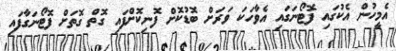
އެމީހުން އެކުގައި ފޮޓޯނަގައި އެވާހަކަ ވަރަށް ބޮޑުކޮށް ފޮނިކޮށްފައި ގޮތް ގޮތަށް ފޮޓޯނަގާފައި